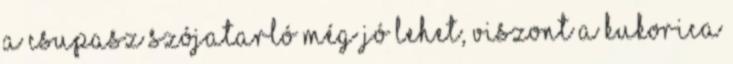
a csupasz szójatarló még jó lehet, viszont a kukorica